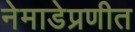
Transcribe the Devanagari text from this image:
नेमाडेप्रणीत